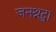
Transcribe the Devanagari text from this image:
जनश्रद्धा